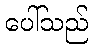
ပေါ်သည်